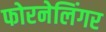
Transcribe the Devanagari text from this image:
फोरनेलिंगर